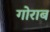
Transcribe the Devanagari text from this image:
गोराब